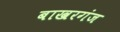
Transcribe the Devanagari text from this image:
बाखरगंज